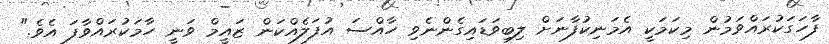
ފާހަގަކުރައްވަމުން މިކަމަކީ އެމަނިކުފާނަށް ލިބިވަޑައިގެންނެވި ހާއްސަ އުފަލެއްކަން ޒައީމް ވަނީ ހާމަކުރައްވާފަ އެވެ."